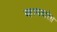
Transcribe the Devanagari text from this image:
व्हायदारेस